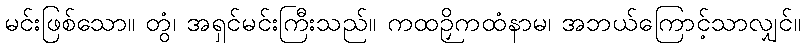
မင်းဖြစ်သော။ တွံ၊ အရှင်မင်းကြီးသည်။ ကထဉှိကထံနာမ၊ အဘယ်ကြောင့်သာလျှင်။